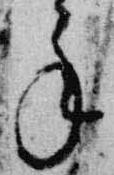
年